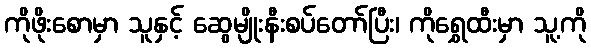
ကိုဖိုးစောမှာ သူနှင့် ဆွေမျိုးနီးစပ်တော်ပြီး၊ ကိုရွှေထီးမှာ သူ့ကို